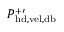
P _ { \mathrm { h d , v e l , d b } } ^ { + \prime }